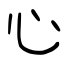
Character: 心